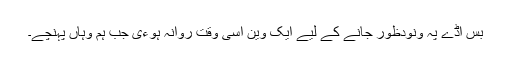
بس اڈے پہ ونودظور جانے کے لیے ایک وین اسی وقت روانہ ہوءی جب ہم وہاں پہنچے۔